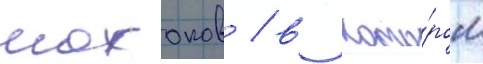
мохоков / в кото́ром